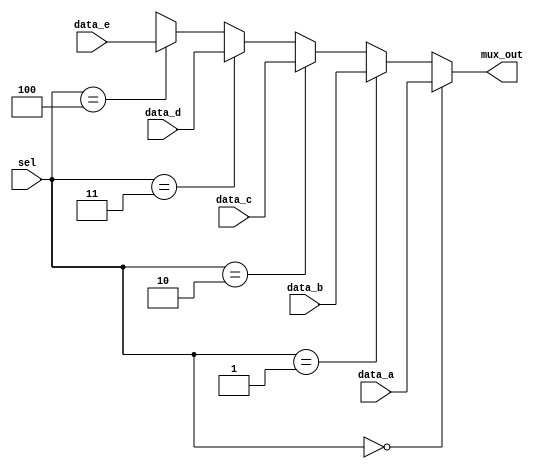
`timescale 1ns / 1ps
module Multiplexer_5ch (mux_out, data_a, data_b, data_c, data_d, data_e, sel);
  parameter word_size = 8;
  output [word_size-1: 0] 	mux_out;
  input 	[word_size-1: 0] 	data_a, data_b, data_c, data_d, data_e;
  input 	[2: 0] sel;
 
  assign  mux_out = (sel == 0) 	
? data_a: (sel == 1) 
? data_b : (sel == 2) 
? data_c: (sel == 3) 
? data_d : (sel == 4) 
? data_e : 'bx;
endmodule